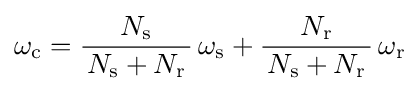
\omega _{\text{c}}={\frac {N_{\text{s}}}{\,N_{\text{s}}+N_{\text{r}}\,}}\,\omega _{\text{s}}+{\frac {N_{\text{r}}}{\,N_{\text{s}}+N_{\text{r}}\,}}\,\omega _{\text{r}}